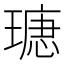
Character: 𤨫